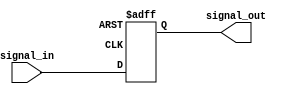
module timing_control_synchronization(
    input wire signal_in,
    output reg signal_out
);

reg [7:0] latch_delay;

always @(posedge clock or negedge reset) begin
    if (!reset) begin
        latch_delay <= 8'b0;
    end else begin
        latch_delay <= signal_in;
    end
end

always @(*) begin
    signal_out <= latch_delay;
end

endmodule